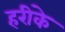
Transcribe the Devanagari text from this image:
हरीके